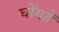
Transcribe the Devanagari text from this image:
घोंगडें